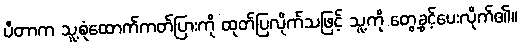
ပီတာက သူ့စုံထောက်ကတ်ပြားကို ထုတ်ပြလိုက်သဖြင့် သူ့ကို တွေ့ခွင့်ပေးလိုက်၏။